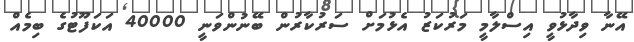
އޭނާ ވިދާޅުވީ އިސްލާމީ މަރުކަޒު އެޅުމަށް ސަރުކާރުން ބޭނުންވަނީ 40000 އަކަފޫޓުގެ ބިމެއް